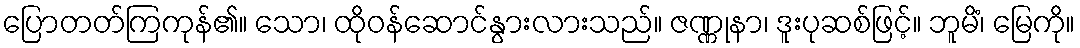
ပြောတတ်ကြကုန်၏။ သော၊ ထိုဝန်ဆောင်နွားလားသည်။ ဇဏ္ဏုနာ၊ ဒူးပုဆစ်ဖြင့်။ ဘူမိံ၊ မြေကို။